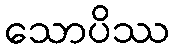
သောပိဿ